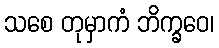
သစေ တုမှာကံ ဘိက္ခဝေ၊